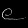
Digit: ၉